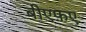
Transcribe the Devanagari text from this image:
बीएफ़ए